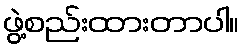
ဖွဲ့စည်းထားတာပါ။